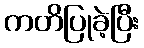
ကတိပြုခဲ့ပြီး